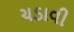
ચડાવી